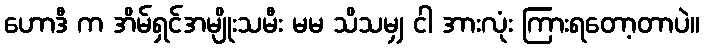
ဟောဒီ က အိမ်ရှင်အမျိုးသမီး မမ သိသမျှ ငါ အားလုံး ကြားရတော့တာပဲ။